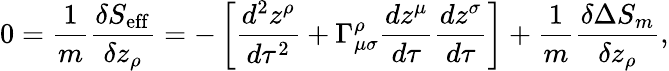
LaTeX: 0=\frac{1}{m}\frac{\delta S_{\mathrm{eff}}}{\delta z_{\rho}}=-\left[\frac{d^{2}z^{\rho}}{d\tau^{2}}+\Gamma_{\mu\sigma}^{\rho}\frac{dz^{\mu}}{d\tau}\frac{dz^{\sigma}}{d\tau}\right]+\frac{1}{m}\frac{\delta\Delta S_{m}}{\delta z_{\rho}},